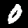
Label: 0